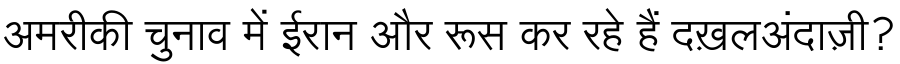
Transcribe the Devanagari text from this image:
अमरीकी चुनाव में ईरान और रूस कर रहे हैं दख़लअंदाज़ी?